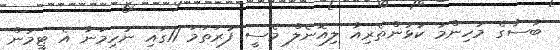
ބާސާގެ މުހިންމު ކުޅުންތެރިއާ ލިއޮނެލް މެސީ ފުރަތަމަ 11ގައި ނުހިމަނާ އެ ޓީމުން